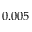
0 . 0 0 5